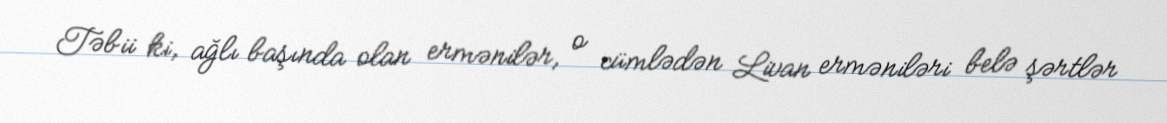
Təbii ki, ağlı başında olan ermənilər, o cümlədən Livan erməniləri belə şərtlər